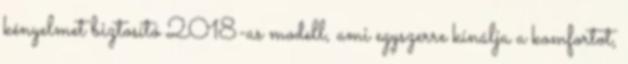
kényelmet biztosító 2018-as modell, ami egyszerre kínálja a komfortot,